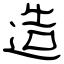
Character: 造